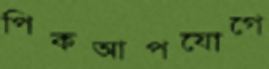
পিকআপযোগে